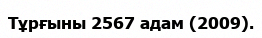
Тұрғыны 2567 адам (2009).